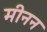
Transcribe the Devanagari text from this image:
मीनन